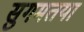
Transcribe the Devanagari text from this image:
सुगमतया